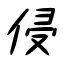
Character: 侵